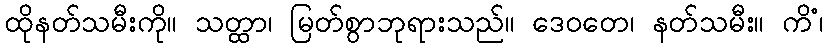
ထိုနတ်သမီးကို။ သတ္ထာ၊ မြတ်စွာဘုရားသည်။ ဒေဝတေ၊ နတ်သမီး။ ကိံ၊